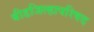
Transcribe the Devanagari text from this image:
बीडजिल्हापरिषद